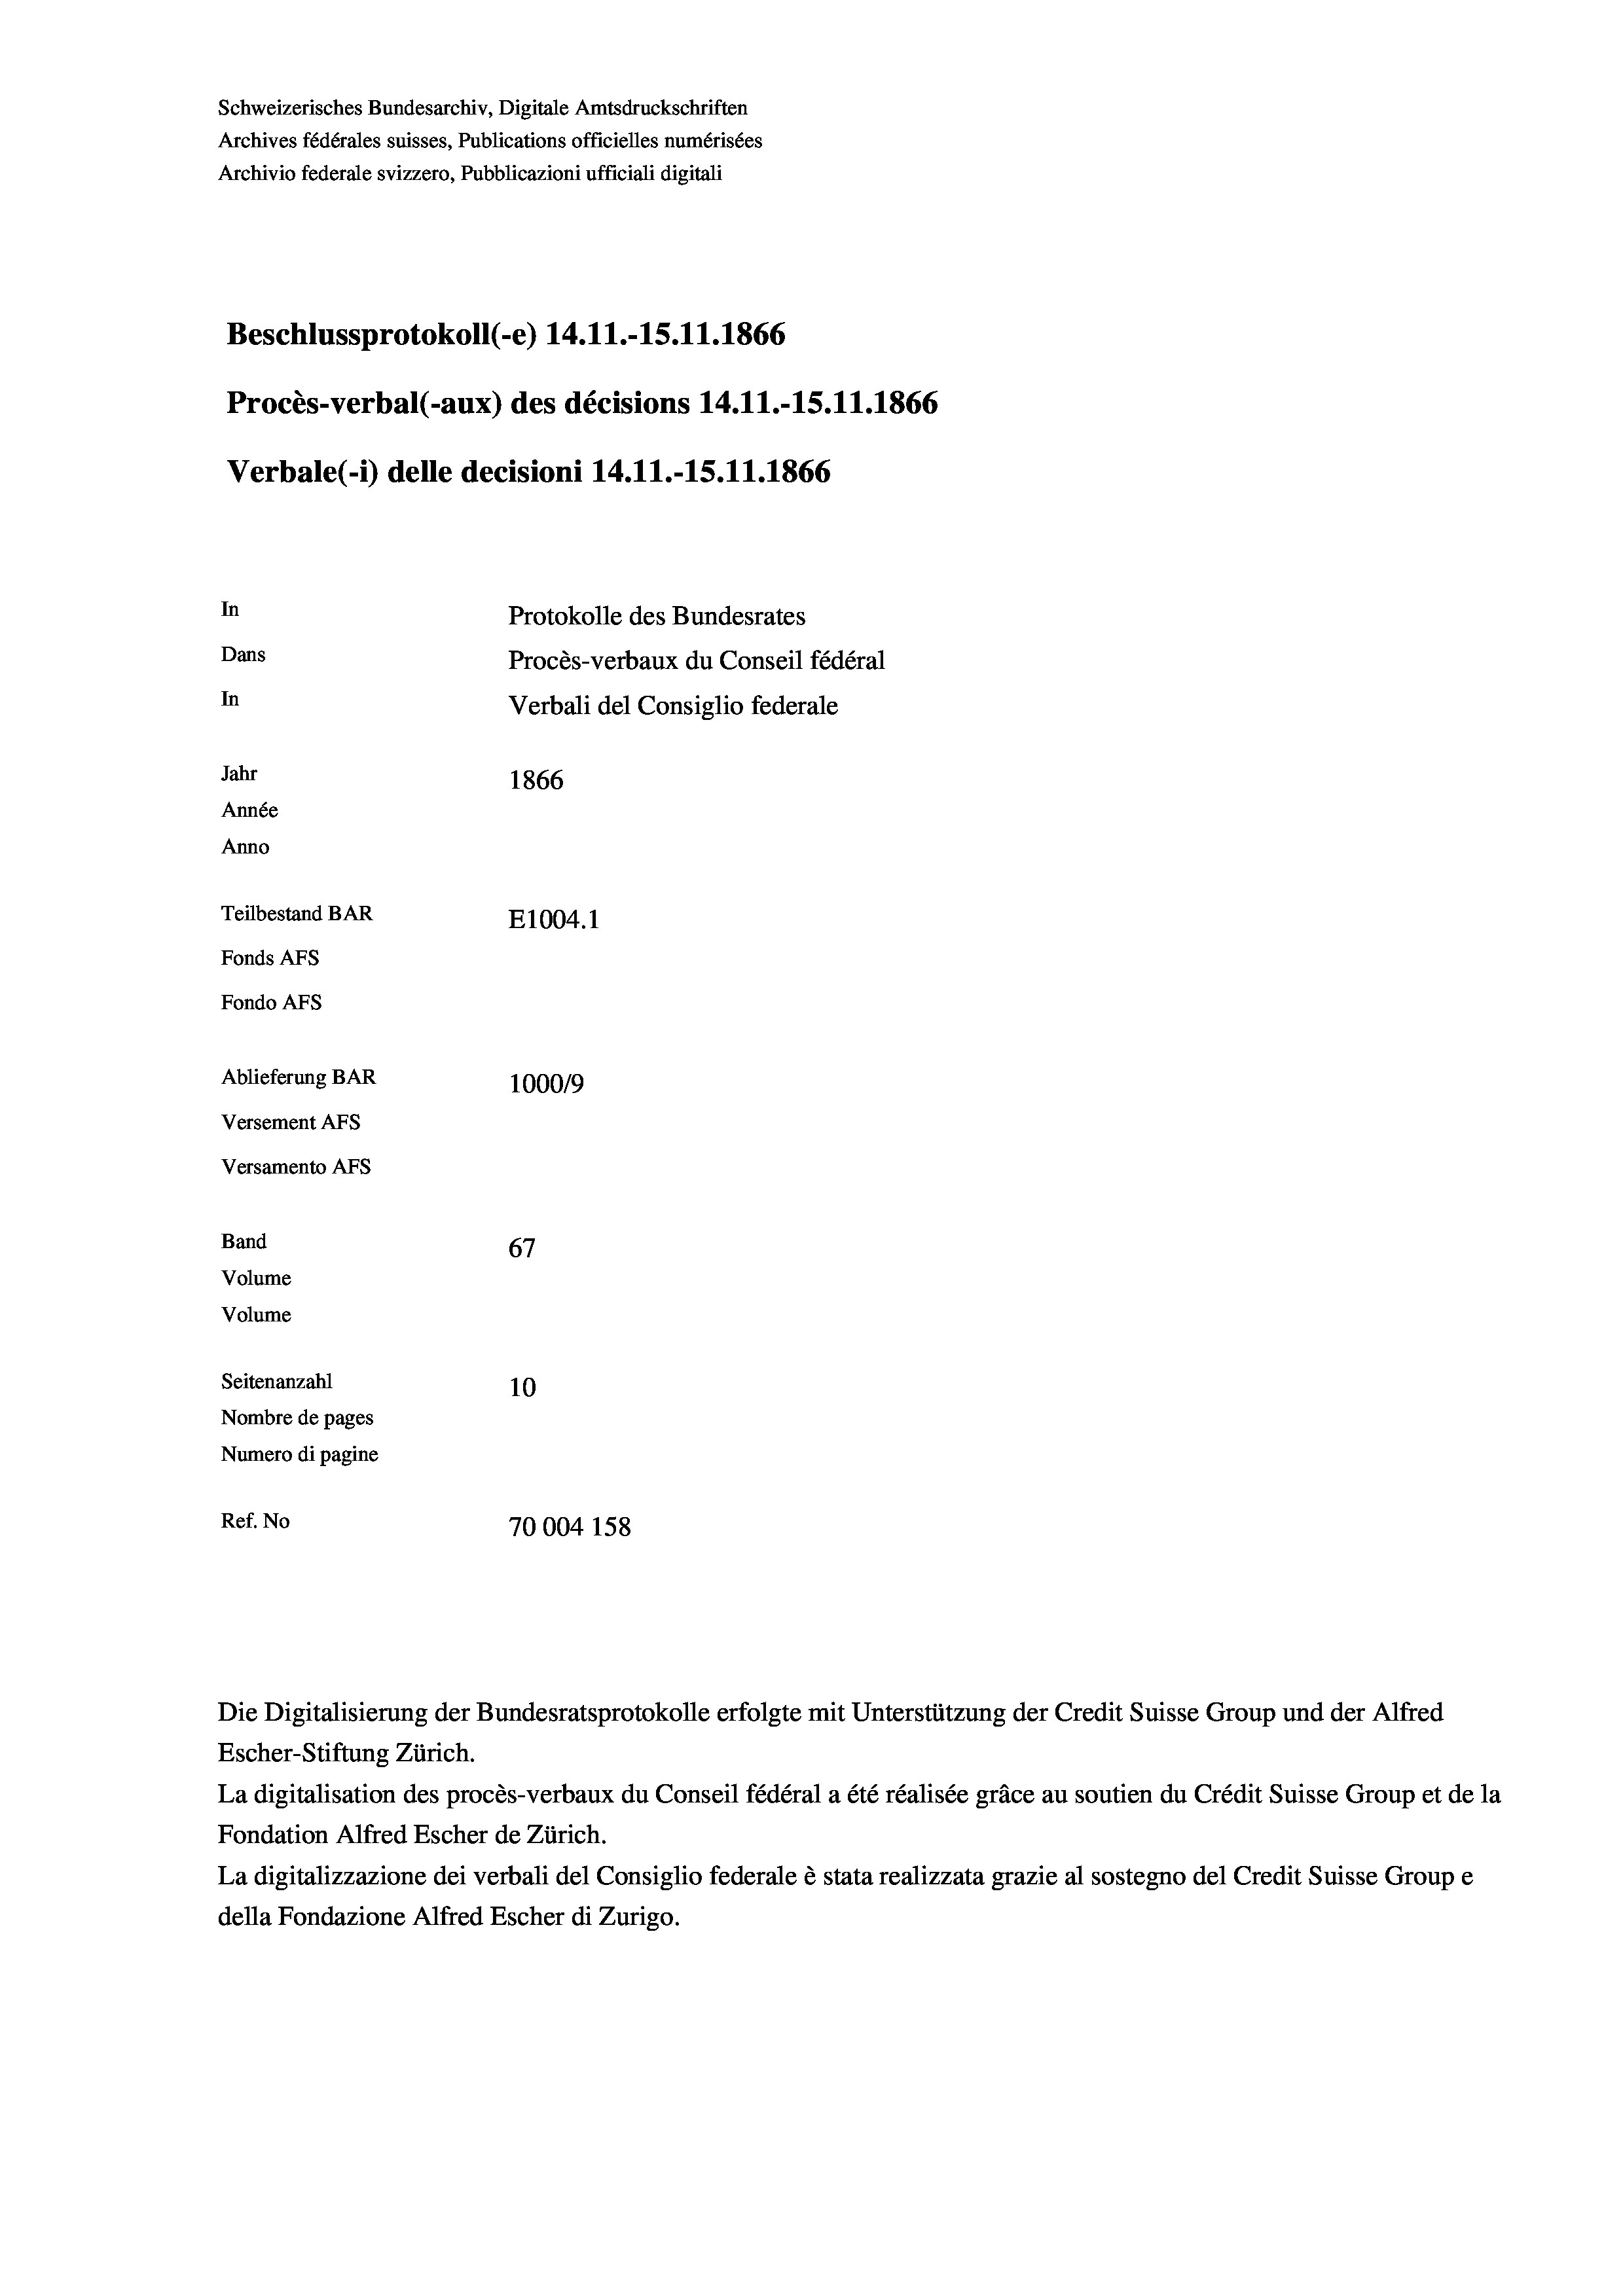
Schweizerisches Bundesarchiv, Digitale Amtsdruckschriften
Archives fédérales suisses, Publications officielles numérisées
Archivio federale svizzero, Pubblicazioni ufficiali digitali
Beschlussprotokoll (-e) 14.11.-15.11.1866
Procès-verbal (-aux) des décisions 14.11.-15.11.1866
Verbale(*) delle decisioni 14.11.-15.11.1866
In
Protokolle des Bundesrates
Dans
Procès-verbaux du Conseil fédéral
In
Verbali del Consiglio federale
Jahr
1866
Année
Anno
Teilbestand BAR
E1004.1
Fonds AFs
Fondo Afs
Ablieferung BAR
100019
Versement AFs

Versamento Afs
Band
Volume
Volume

67
Seitenanzahl
10
Nombre de pages
Numero di pagine
Ref. No
70004 158

Escher-Stiftung Zürich.
La digitalisation des procès-verbaux du Conseil fédéral a été réalisée gräce au soutien du Crédit Suisse Group et de la
Fondation Alfred Escher de Zürich.
La digitalizzazione dei verbali del Consiglio federale è stata realizzata grazie al sostegno del Credit Suisse Groupe
della Fondazione Alfred Escher di Zurigo.

Die Digitalisierung der Bundesratsprotokolle erfolgte mit Unterstützung der Credit Suisse Group und der Alfred